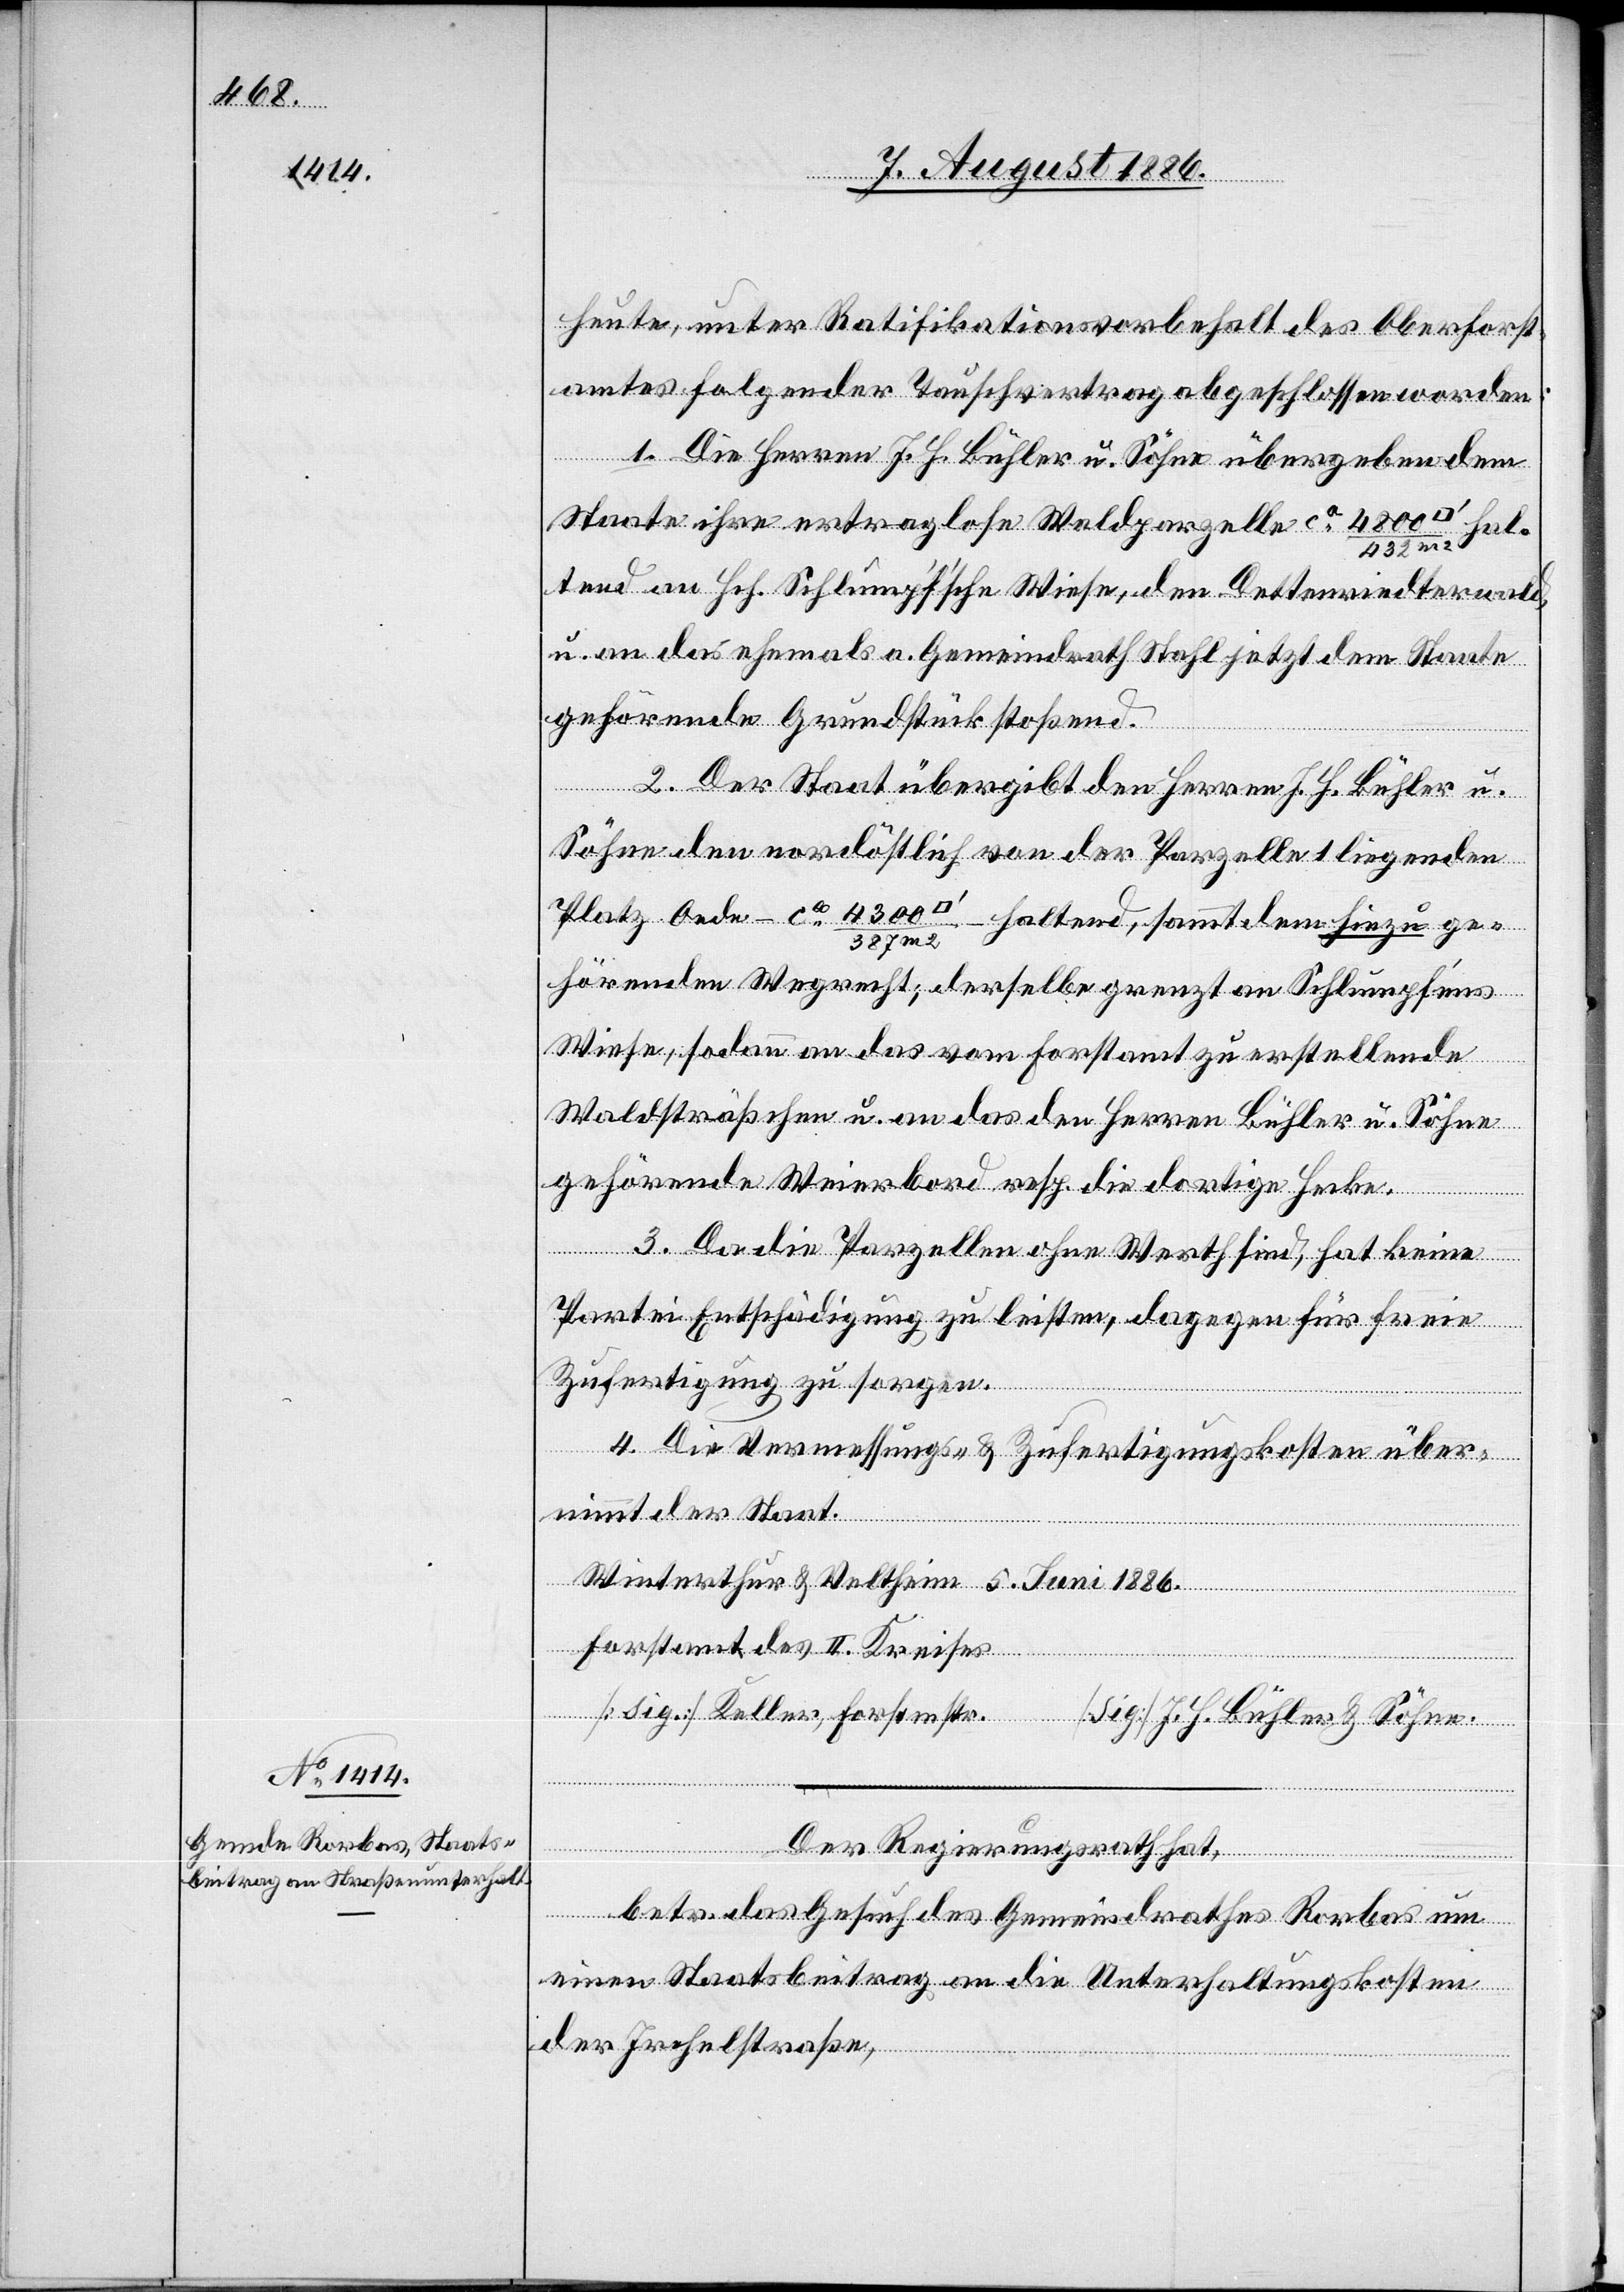
heute, unter Ratifikationsvorbehalt des Oberforst¬
amtes folgender Tauschvertrag abgeschlossen worden:
1. Die Herren J. H. Bühler u. Söhne übergeben dem
Staate ihre ertraglose Waldparzelle ca 4800 [Qu¬
tend an Hch. Schlumpfʼsche Wiese, den Dettenriedterwald,
u. an das ehemals a. Gemeindrath Stahl jetzt dem Staate
gehörende Grundstück stoßend.
2. Der Staat übergibt den Herren J. H. Bühler u.
Söhne den nordöstlich von der Parzelle 1 liegenden
s]/432
hörenden Wegrecht; derselbe grenzt an Schlumpfʼs¬
Wiese, sodann an das vom Forstamt zu erstellende
Waldsträßchen u. an das den Herren Bühler u. Söhne
gehörende Weierbord resp. die dortige Hecke.
3. Da die Parzellen ohne Werth sind, hat keine
Partei Entschädigung zu leisten, dagegen für freie
Zufertigung zu sorgen.
4. Die Vermessungs- & Zufertigungskosten über¬
nimmt der Staat.
Winterthur u. Veltheim, 5. Juni 1886.
Söhne.
Forstamt des II. Kreises:
tmstr.
Der Regierungsrath hat,
betr. das Gesuch des Gemeindrathes Rorbas um
einen Staatsbeitrag an die Unterhaltungskosten
der Irchelstraße,